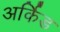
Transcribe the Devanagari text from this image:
अर्किड